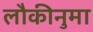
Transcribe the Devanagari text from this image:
लौकीनुमा